Vana-Antsla_vallavalitsus, lk 32
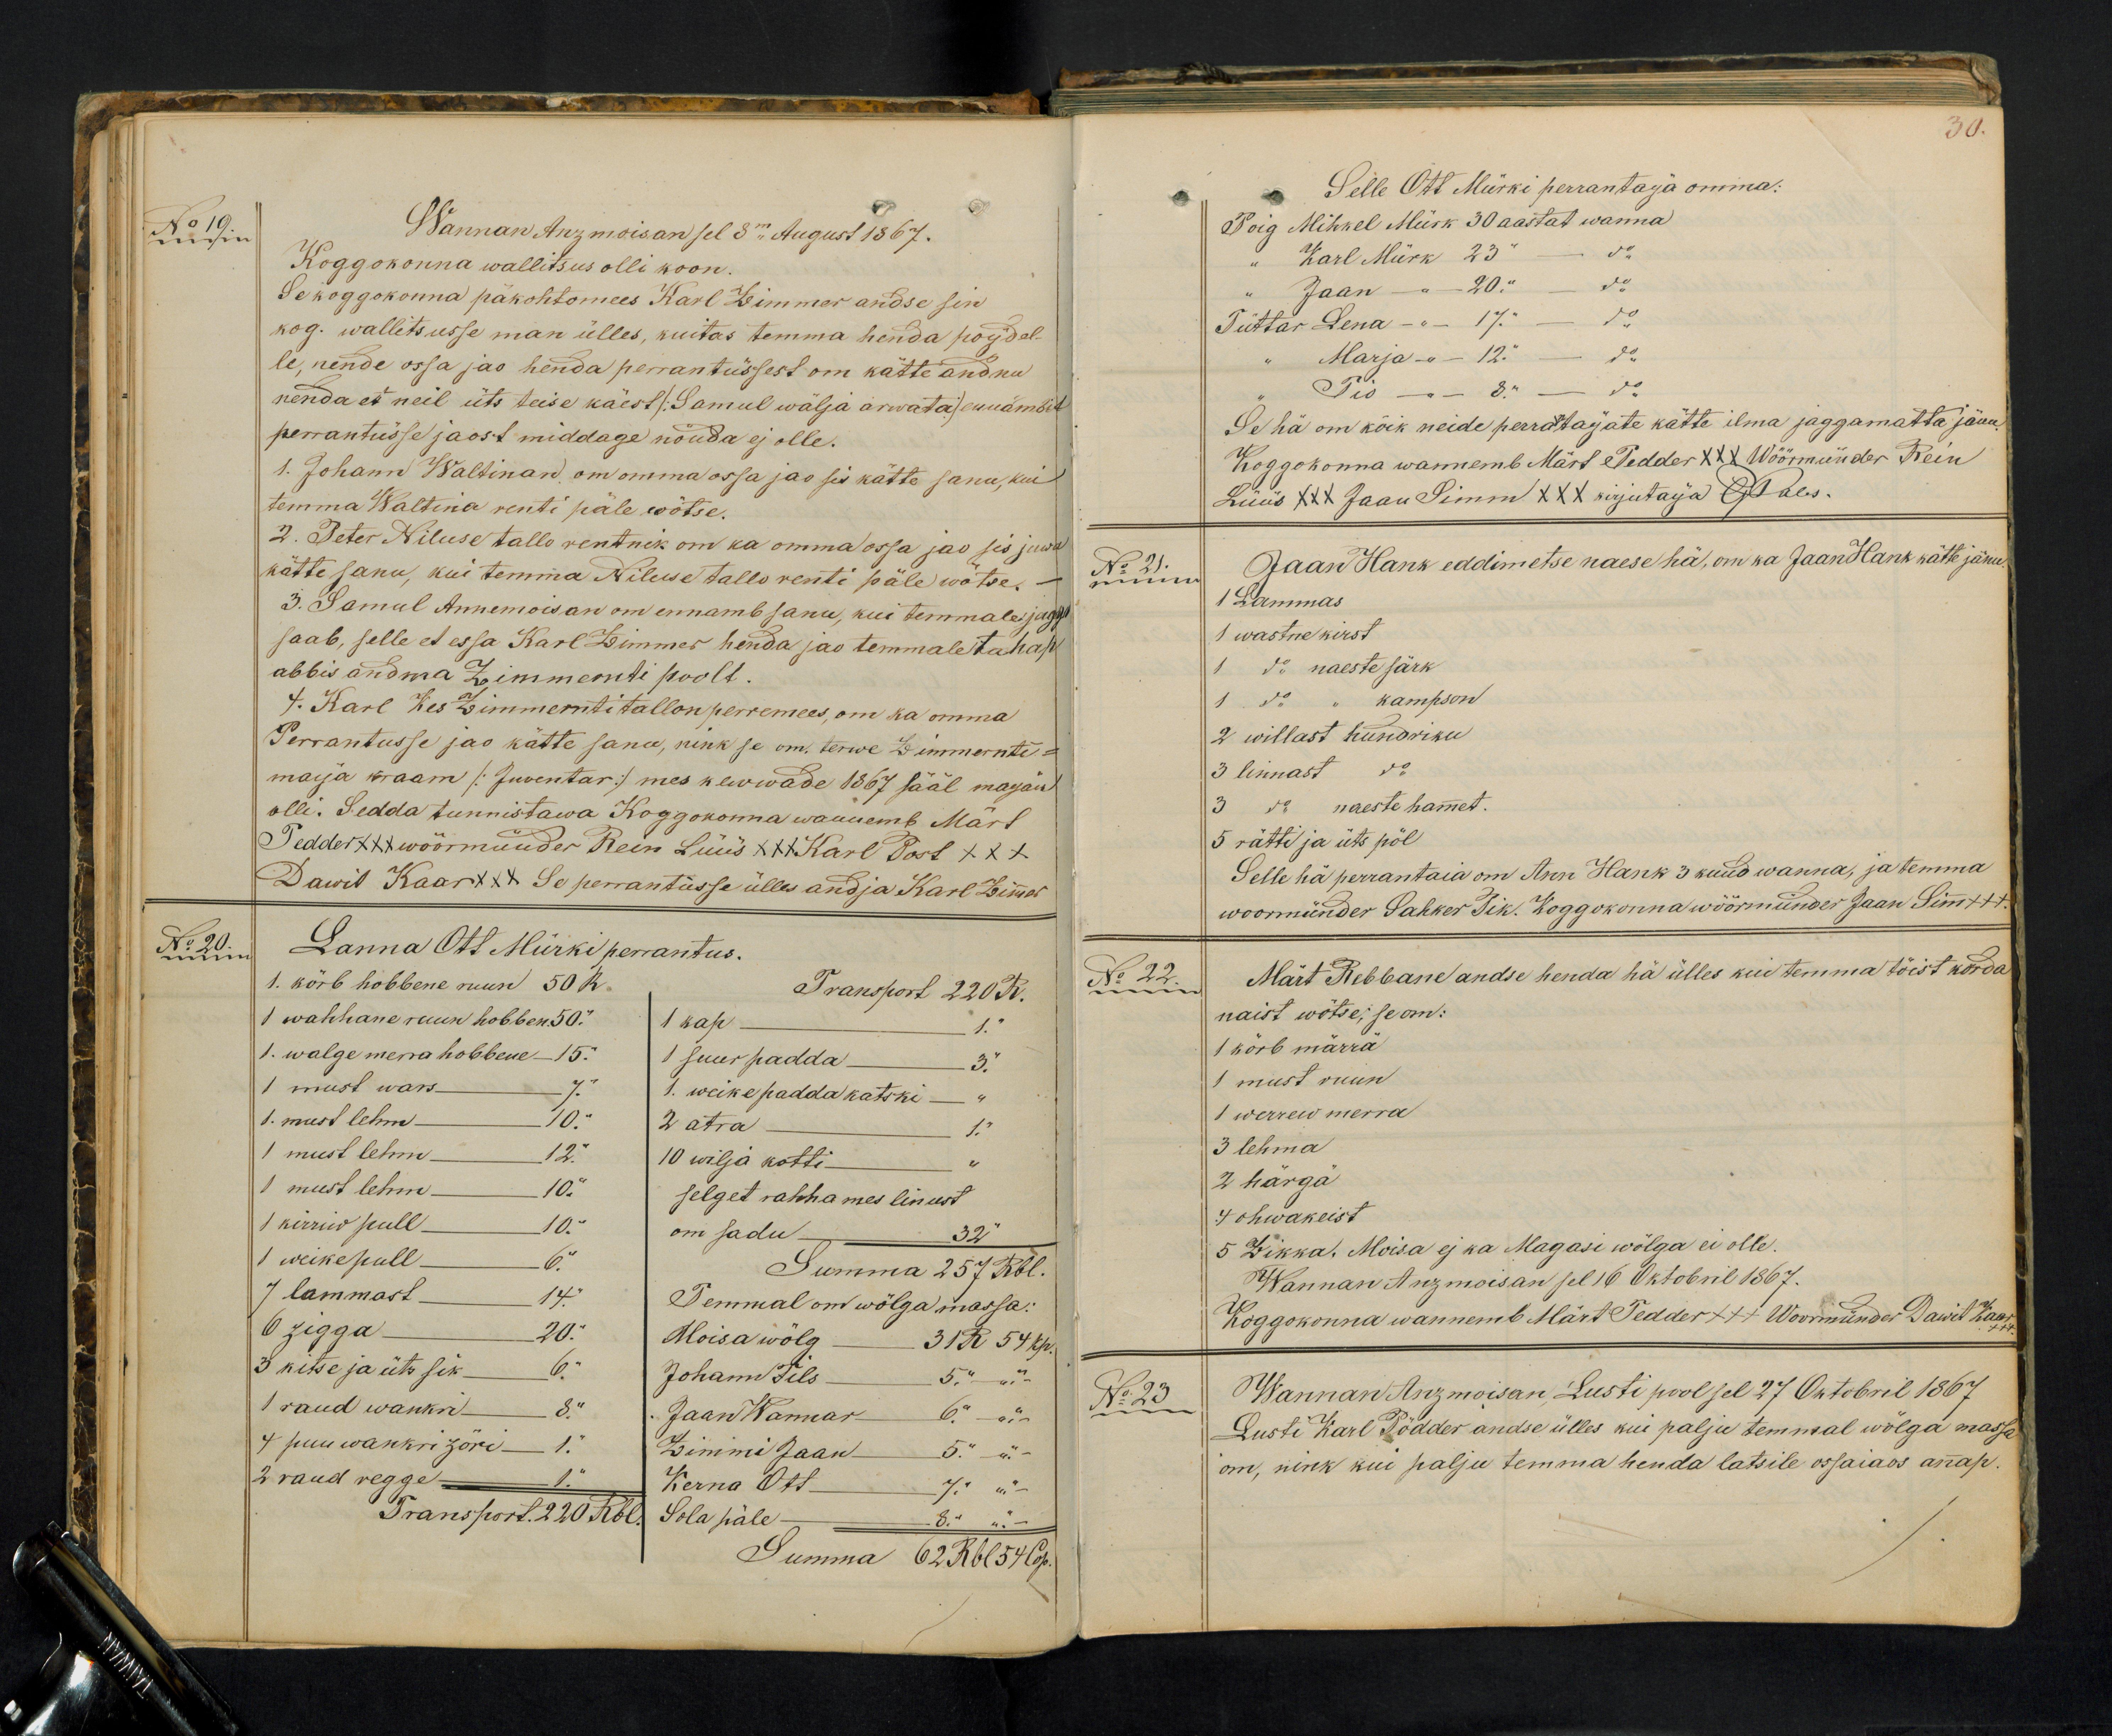
No 19.
Wannan Anzmoisan sel 8m August 1867.
Koggokonna wallitsus olli koon.
Se koggokonna päkohtomees Karl Zimmer andse sin
kog. wallitsusse man ülles, kuitas temma henda poijdel-
le, nende ossa jao henda perrantüssest om kätte andnu
nenda et neil üts teise käest /:Samul wälja arwata:/ ennämbit
perrantüsse jaost middage nöuda ej olle.
1. Johann Waltinan om omma ossa jas sis kätte sanu, kui
temma Waltina renti päle wötse.
2. Peter Niluse tallo rentnik om ka omma ossa jao sis juwa
kätte sanu, kui temma Niluse tallo renti päle wõtse.-
3. Samul Annemoisan om ennamb sanu, kui temmale jaggo
saab, selle et essa Karl Zimmer henda jao temmale tahap
abbis andma Zimmernti poolt.
4. Karl Kes Zimmernti tallon perremees, om ka omma
Perrantusse jao kätte sanu, nink se om, terwe Zimmernti-
majja kraam /:Inventar:/ mes kewwade 1867 sääl maijand
olli. Sedda tunnistawa Koggokonna wannemb Märt
Teddes XXX wöörmünder Rein Lüüs XXX Karl Post XXX
Dawit Kaar XXX Se perrantusse ülles andja Karl Zimmer
No 20.
Lanna Ott Mürki perrantus.
1. körb hobbene ruum 50 R.
Transport 220 R.
1 wahhane ruun hobben 50.
1 kap 1.
1. walge merra hobbene - 15. "
suur padda 3 "
1 must wars 7 "
1. weike padda katski - "
1. must lehm - 10. "
2 atra - 1. "
1 must lehm - 12. "
10 wilja kotti "
1 must lehm - 10 "
selget rahha mes linust
1 kirriw pull - 10. "
om sadu 32 "
1 weike pull - 6"
Summa 257 Rbl.
7 lammast - 14. "
Temmal on wölga massa:
6 zigga - 20. "
Moisawölg 31 R 54 kp.
3 kitse ja üts sik 6 "
Johann Tils 5" " -
1 raud wankri 8 "
Jaan Wannar 6 " -
4 puu wankri zöri 1. "
Zimmi Jaan 5" .-"-
2 raud regge - 1."
Kerna Ott " 4" "
Transport. 220 Rbl
Kerna Ott " 4" "
Sola päle - 8." ".-
Summa 62 Rbl 54 Cop.

30.
Selle Ott Mürki perrantaja omma:
Poig Mihkel Mürk 30 aastat wanna
" Karl Mürk 23 " - do
" Jaan - 20. " do
Tüttar Lena - " 17 " - do
" Marja - 12" - do
" Tio - 8 " - do
Se hä om kõik neide perrantaijate kätte ilma jaggamatta jänu
Koggokonna wannemb Märts Tedder XXX Wöörmünder Rein
Lüüs XXX Jaan Simm XXX kirjutaja G. Pales.
No 21.
Jaan Hank eddimetse naese hä, om ka Jaan Hank kätte jäna
1 Lammas
1 wastne kirst
1 do naeste särk
1. do " kampson
2 willast hundriku
3 linnast do.
3 do naeste hammet.
5 rätti ja üts pöl
Selle hä perrantaia om Ann Hank 3 kuud wanna, ja temma
woormünder Sahker Tik. Koggokonna wöörmünder Jaan Sim.
No 22.
Märt Rebbane andse heida ha ülles kui temma töist korda
naist wõtse, se om:
1 körb märrä
1 must ruun
1 werrew merra
3 lehma
2 härgä
4 ohwakeist
5 Zikka. Moisa ej ka Magasi wölga ei olle.
Wannan Anzmoisan sel 16 Oktobril 1867.
Koggokonna wannemb Märt Tedder +++ Woormünder Dawit Kaar xxx
No 23.
Wannan Anzmoisan, Lusti pool sel 27 Oktobril 1867
Lusti Karl Põdder andse ülles kui palju temmal wõlga massa
on, nink kui palju temma henda latsile ossaiaos annap